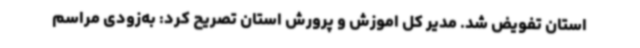
استان تفویض شد. مدیر کل اموزش و پرورش استان تصریح کرد: به‌زودی مراسم